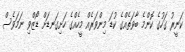
ކަނީރު ގަހުގެ ކޮންމެ ބާވަތެއްގެ ކުޑަ މިންވަރެއް މީހެއްގެ ހަށިގަނޑަށް ޑޯޒްވި ނަމަވެސް